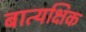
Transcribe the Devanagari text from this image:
बात्यक्षिक